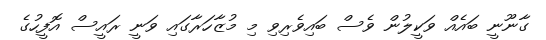
ގާނޫނީ ބައެއް ވަކީލުން ވެސް ބައިވެރިވި މި މުޒާހަރާގައި ވަނީ ރައީސް އޮފީހުގެ